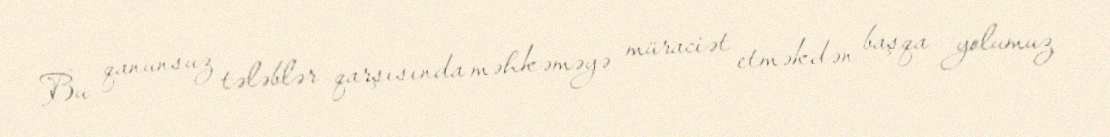
Bu qanunsuz tələblər qarşısında məhkəməyə müraciət etməkdən başqa yolumuz